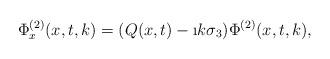
LaTeX: \begin{align*}\Phi^{(2)}_x(x,t,k)=(Q(x,t)-\i k\sigma_3)\Phi^{(2)}(x,t,k),\end{align*}